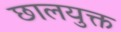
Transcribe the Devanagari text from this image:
छालयुक्त